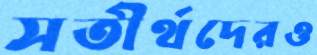
সতীর্থদেরও